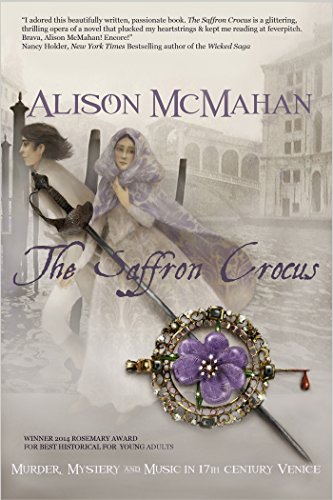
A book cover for The Saffron Crocus; Alison McMahan; Teen & Young Adult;